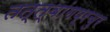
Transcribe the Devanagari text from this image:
तत्त्वांगप्रचुर